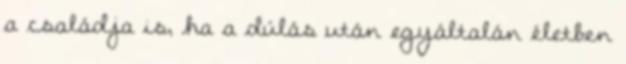
a családja is, ha a dúlás után egyáltalán életben